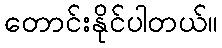
တောင်းနိုင်ပါတယ်။